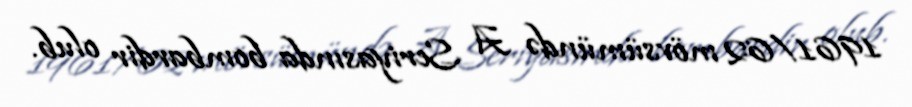
1961/62 mövsümündə A Seriyasında bombardir olub.